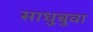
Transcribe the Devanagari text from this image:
साधुबुवा